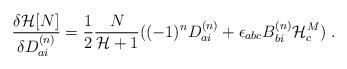
LaTeX: \begin{align*}\frac{{\delta}{\cal H}[N]}{{\delta}D_{ai}^{(n)}} = \frac{1}{2}\frac{N}{{\cal H} + 1}((-1)^nD_{ai}^{(n)} + {\epsilon}_{abc}B_{bi}^{(n)}{\cal H}^M_c) \ .\end{align*}